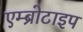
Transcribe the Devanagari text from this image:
एम्ब्रोटाइप